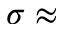
\sigma \approx